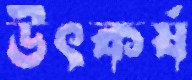
উৎকর্ষ